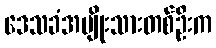
ဒေသခံအမျိုးသားတစ်ဦးက